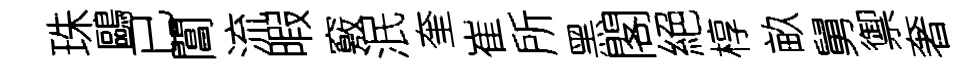
珠鷗已閶流暇竅泯奎崔所黑閣絕椁畝舅禦奢